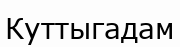
Куттыгадам